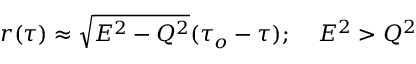
r ( \tau ) \approx \sqrt { E ^ { 2 } - Q ^ { 2 } } ( \tau _ { o } - \tau ) ; \; \; \; \; E ^ { 2 } > Q ^ { 2 }